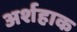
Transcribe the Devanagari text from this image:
अर्शहाक